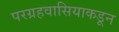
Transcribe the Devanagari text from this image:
परग्रहवासियाकडून